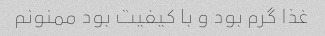
غذا گرم بود و با کیفیت بود ممنونم